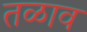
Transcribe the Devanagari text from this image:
तळाव